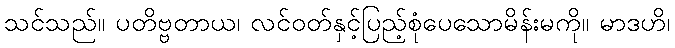
သင်သည်။ ပတိဗ္ဗတာယ၊ လင်ဝတ်နှင့်ပြည့်စုံပေသောမိန်းမကို။ မာဒဟိ၊